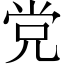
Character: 党